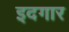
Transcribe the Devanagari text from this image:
इदगार